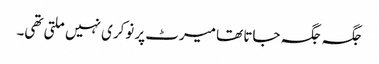
جگہ جگہ جاتا تھا میرٹ پر نوکری نہیں ملتی تھی۔